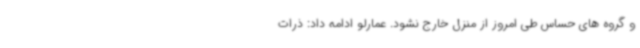
و گروه های حساس طی امروز از منزل خارج نشود. عمارلو ادامه داد: ذرات